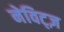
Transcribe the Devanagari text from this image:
नेविट्ज़